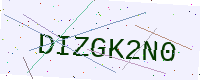
Text: DIZGK2N0